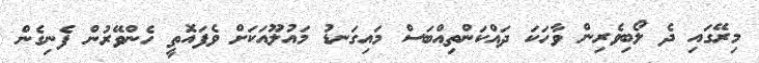
މިރޭގައި ދެ ލޯބިވެރިން ވާހަކަ ދައްކަންތިއްބަސް މައިގަނޑު މައުލޫއަކަށް ވެފައޮތީ ހެންވޭރުން ފެނިގެން